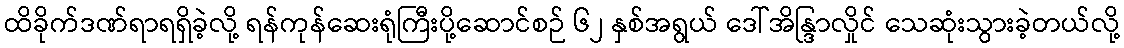
ထိခိုက်ဒဏ်ရာရရှိခဲ့လို့ ရန်ကုန်ဆေးရုံကြီးပို့ဆောင်စဉ် ၆၂ နှစ်အရွယ် ဒေါ်အိန္ဒြာလှိုင် သေဆုံးသွားခဲ့တယ်လို့